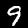
Digit: 9